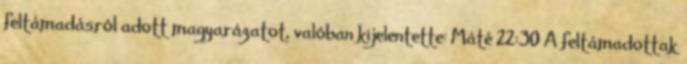
feltámadásról adott magyarázatot, valóban kijelentette: Máté 22:30 A feltámadottak